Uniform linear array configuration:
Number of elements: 4
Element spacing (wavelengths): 0.25
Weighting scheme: binomial
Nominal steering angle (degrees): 15
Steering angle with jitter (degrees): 14.05
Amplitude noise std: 0.05
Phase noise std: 0.05

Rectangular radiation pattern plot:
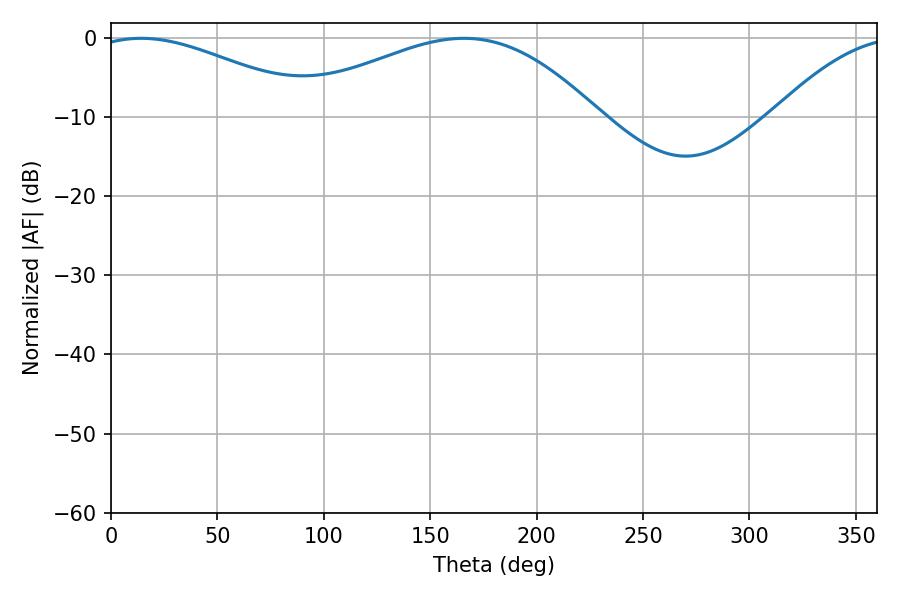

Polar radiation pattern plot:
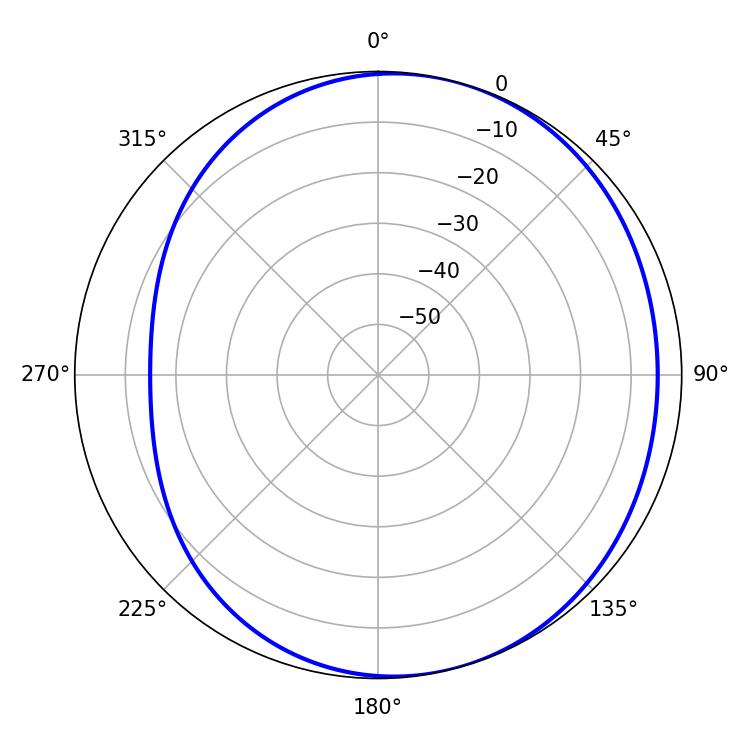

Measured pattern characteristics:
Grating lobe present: FALSE
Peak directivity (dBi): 3.893
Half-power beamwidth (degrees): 58.32
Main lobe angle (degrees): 14.22